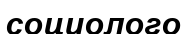
социолого